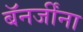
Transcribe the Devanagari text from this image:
बॅनर्जींना